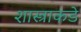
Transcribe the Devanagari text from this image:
शास्त्राकडे